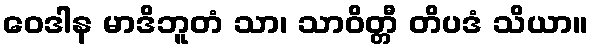
ဝေဒါန မာဒိဘူတံ သာ၊ သာဝိတ္တီ တိပဒံ သိယာ။